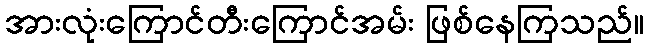
အားလုံးကြောင်တီးကြောင်အမ်း ဖြစ်နေကြသည်။